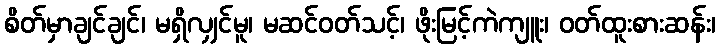
စိတ်မှာချင်ချင်၊ မရှိလျှင်မူ၊ မဆင်ဝတ်သင့်၊ ဖိုးမြင့်ကဲကျူး၊ ဝတ်ထူးစားဆန်း၊